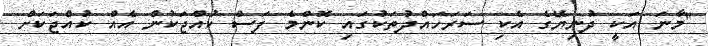
"މާނަ އަކީ ދުނިޔޭގެ އެކި ސަރަހައްދުތަކުގައި ކޮންމެ ފަސް ކުއްޖަކުން އެއް ކުއްޖަކަށް